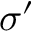
\sigma ^ { \prime }